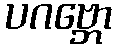
ပဂဗ္ဘော